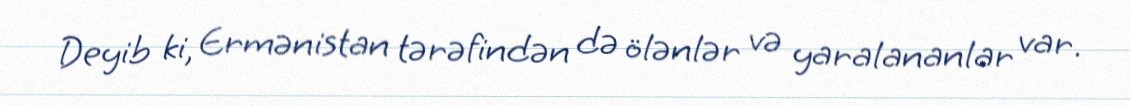
Deyib ki, Ermənistan tərəfindən də ölənlər və yaralananlar var.